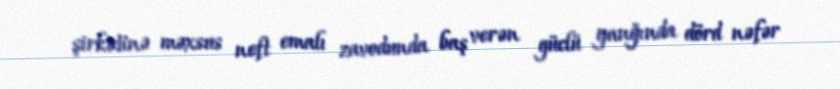
şirkətinə məxsus neft emalı zavodunda baş verən güclü yanğında dörd nəfər